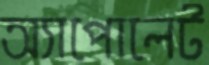
অ্যাপোলেট